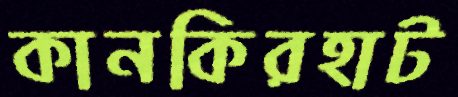
কানকিরহাট